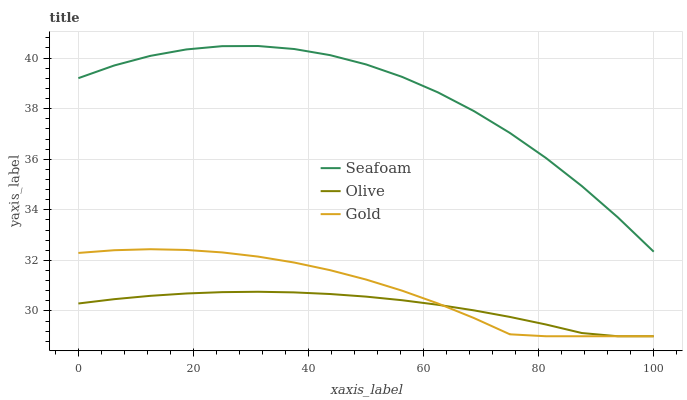
| xaxis_label | Seafoam | Olive | Gold |
 | --- | --- | --- | --- |
 | 0 | 39.2 | 30.3 | 32.3 |
 | 6.25 | 39.7 | 30.5 | 32.4 |
 | 12.5 | 40.1 | 30.6 | 32.4 |
 | 18.8 | 40.3 | 30.7 | 32.4 |
 | 25 | 40.5 | 30.7 | 32.3 |
 | 31.2 | 40.5 | 30.8 | 32.1 |
 | 37.5 | 40.4 | 30.7 | 31.9 |
 | 43.8 | 40.1 | 30.7 | 31.6 |
 | 50 | 39.7 | 30.6 | 31.2 |
 | 56.2 | 39.3 | 30.4 | 30.8 |
 | 62.5 | 38.6 | 30.2 | 30.3 |
 | 68.8 | 37.9 | 30 | 29.7 |
 | 75 | 37 | 29.8 | 29.1 |
 | 81.2 | 36.1 | 29.5 | 29 |
 | 87.5 | 34.9 | 29.1 | 29 |
 | 93.8 | 33.7 | 29 | 29 |
 | 100 | 32.3 | 29 | 29 |